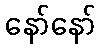
နော်နော်